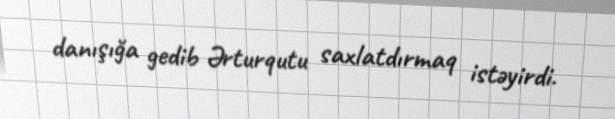
danışığa gedib Ərturqutu saxlatdırmaq istəyirdi.